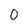
Character: 0